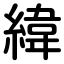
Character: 緯